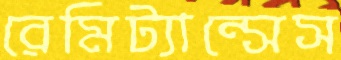
রেমিট্যান্সেস